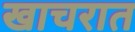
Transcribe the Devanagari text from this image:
खाचरात